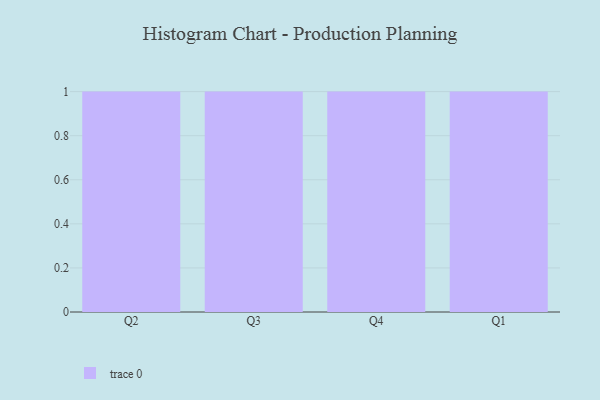
{"axis": {"x": "Quarter", "y": "Population (Million)"}, "legend": [""], "data": [{"x": "Q2", "y": 14, "type": ""}, {"x": "Q3", "y": 10, "type": ""}, {"x": "Q4", "y": 95, "type": ""}, {"x": "Q1", "y": 4, "type": ""}]}